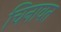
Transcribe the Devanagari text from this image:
चिनावत